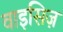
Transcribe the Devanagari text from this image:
वाइसिज़